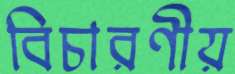
বিচারণীয়